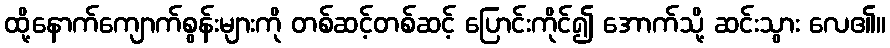
ထို့နောက်ကျောက်စွန်းများကို တစ်ဆင့်တစ်ဆင့် ပြောင်းကိုင်၍ အောက်သို့ ဆင်းသွား လေ၏။